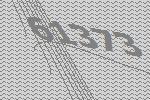
61373